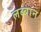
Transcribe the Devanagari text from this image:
लब्बान